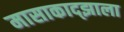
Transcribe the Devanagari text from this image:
मासाकाद्झाला